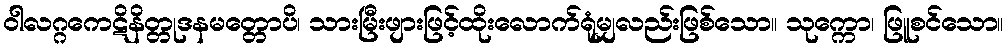
ဝါလဂ္ဂကေဋိနိတ္တုဒနမတ္တောပိ၊ သားမြီးဖျားဖြင့်ထိုးလောက်ရုံမျှလည်းဖြစ်သော။ သုက္ကော၊ ဖြူစင်သော။